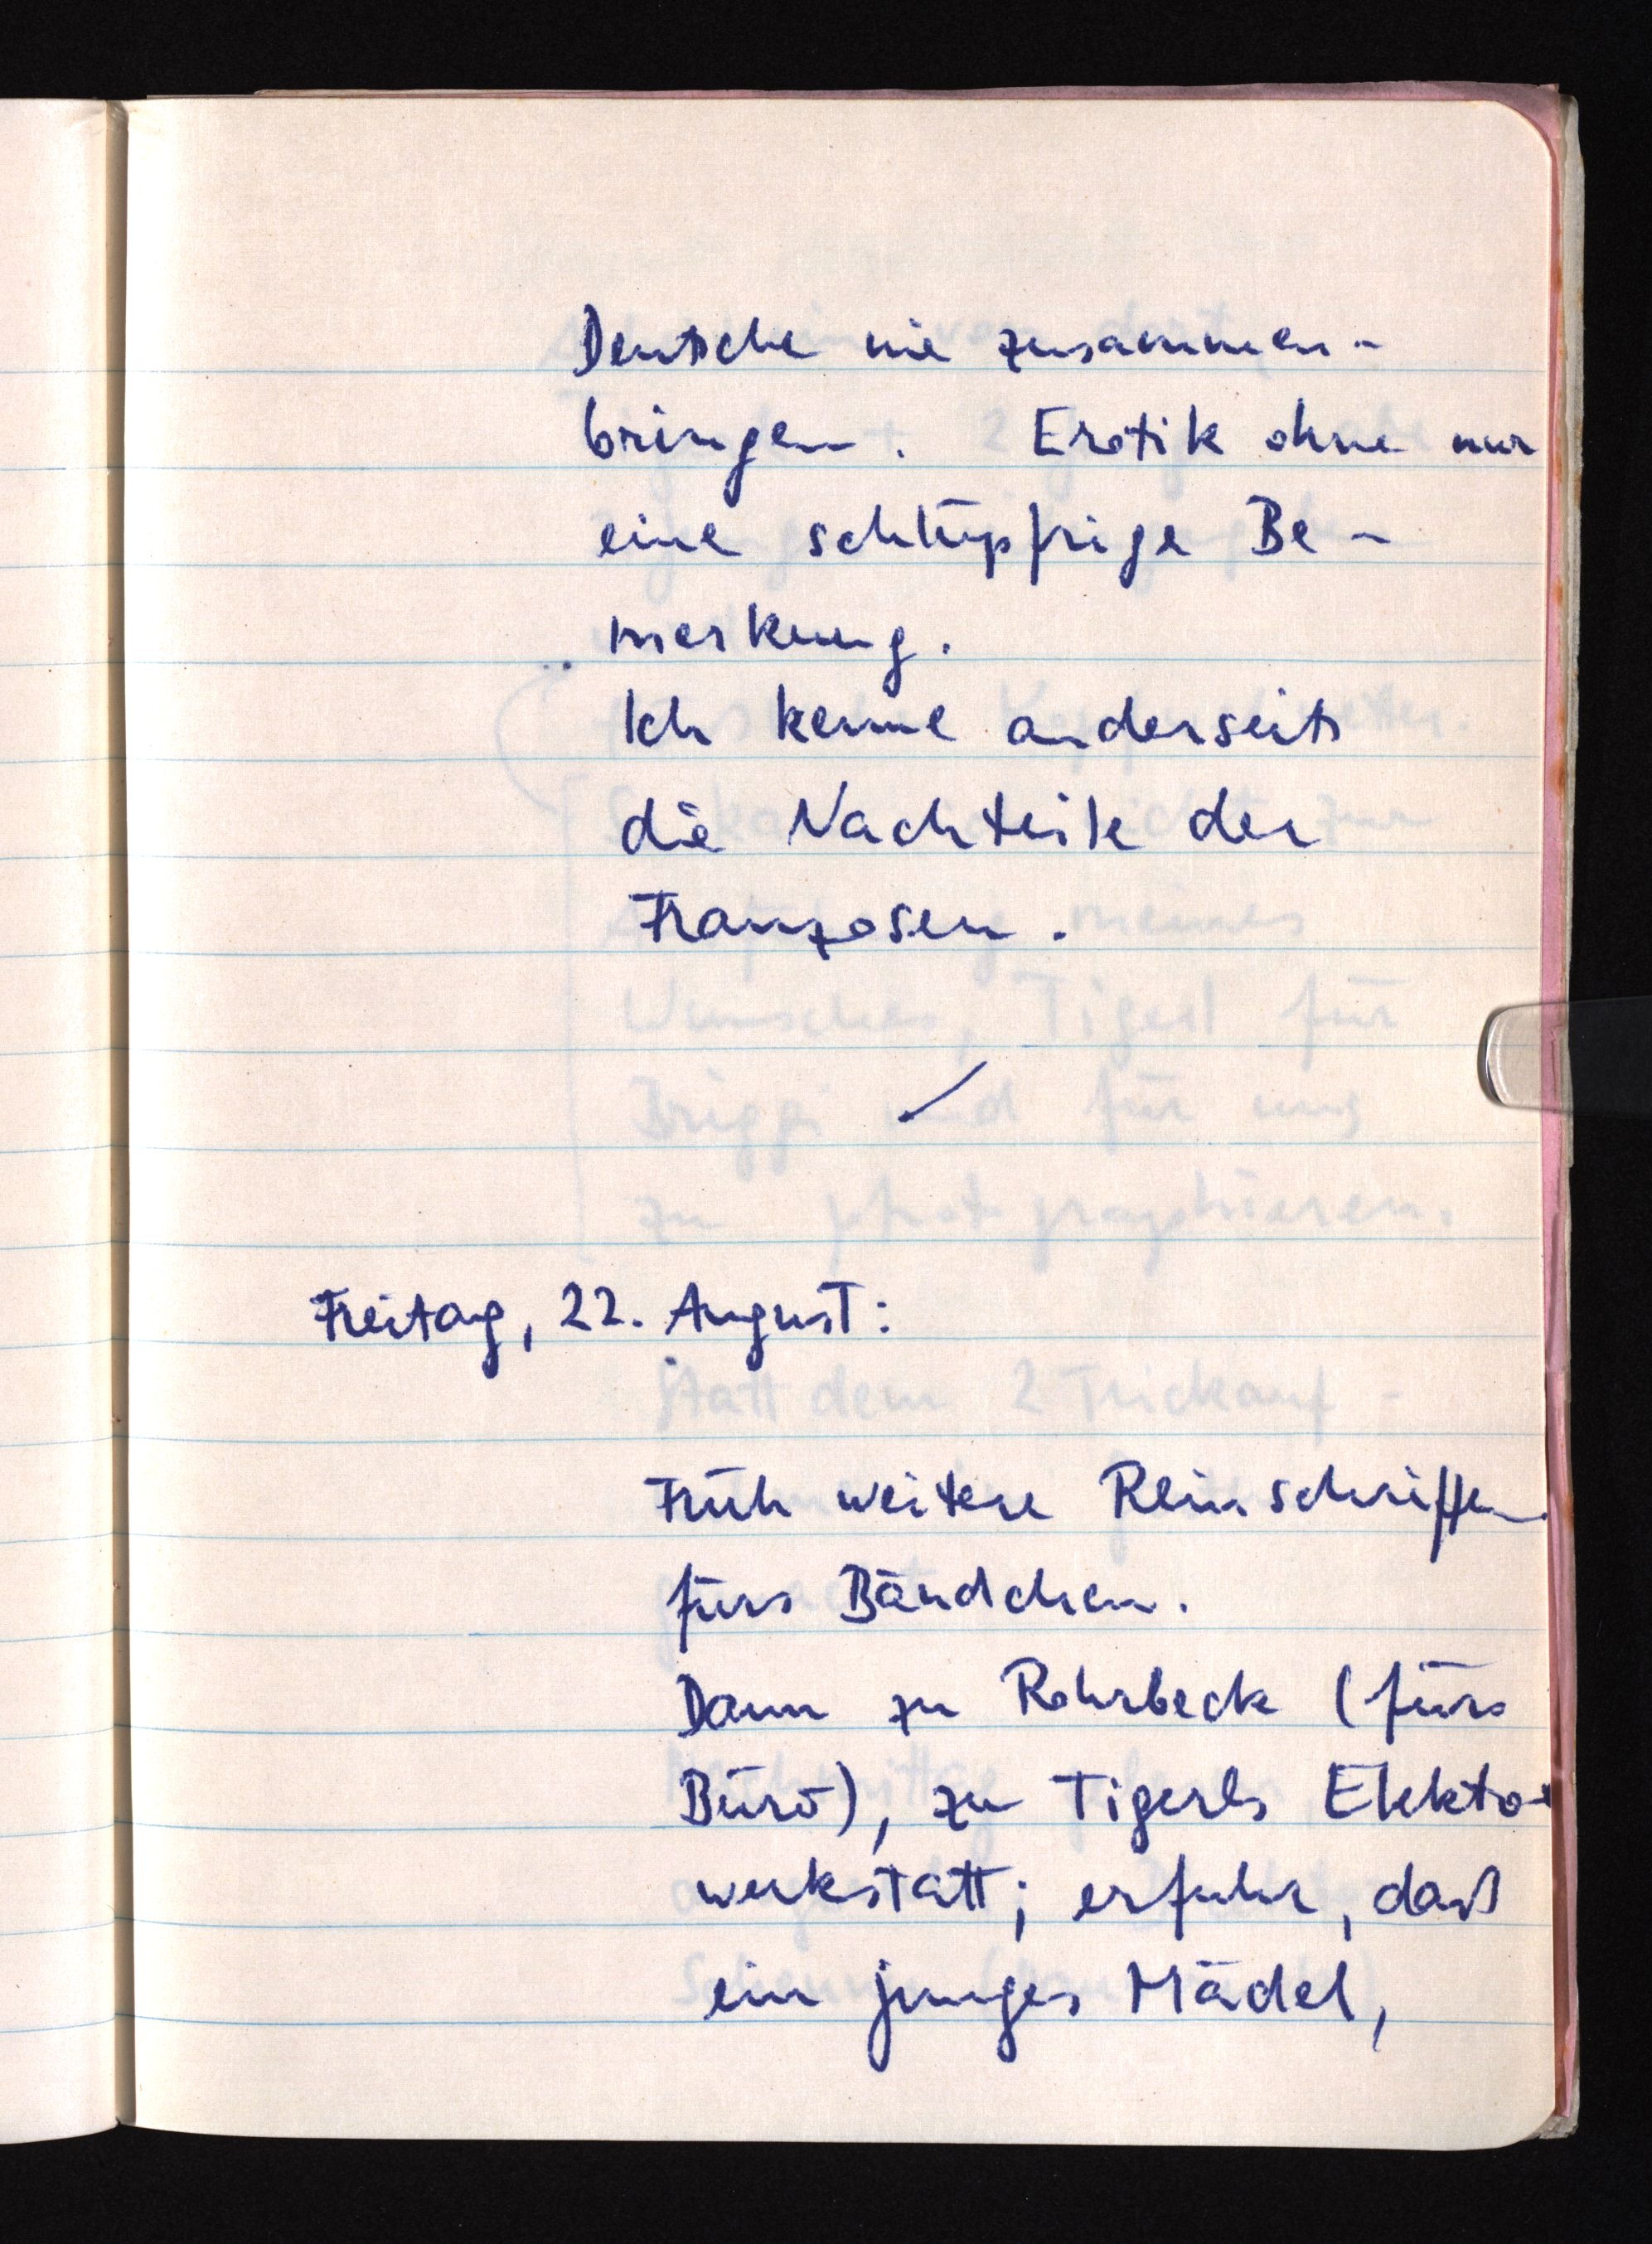
Deutsche nie zusammen¬
bringen. Erotik ohne nur
eine schlüpfrige Be¬
merkung.
Ich kenne anderseits
die Nachteile der
Franzosen.
Freitag, 22. August:
Früh weitere Reinschriften
fürs Bändchen.
Dann zu Rohrbeck (fürs
Büro), zu Tigerls Elekto¬
werkstatt; erfuhr, daß
ein junges Mädel,